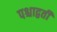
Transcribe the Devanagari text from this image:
पश्चाद्वती